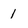
Character: 1